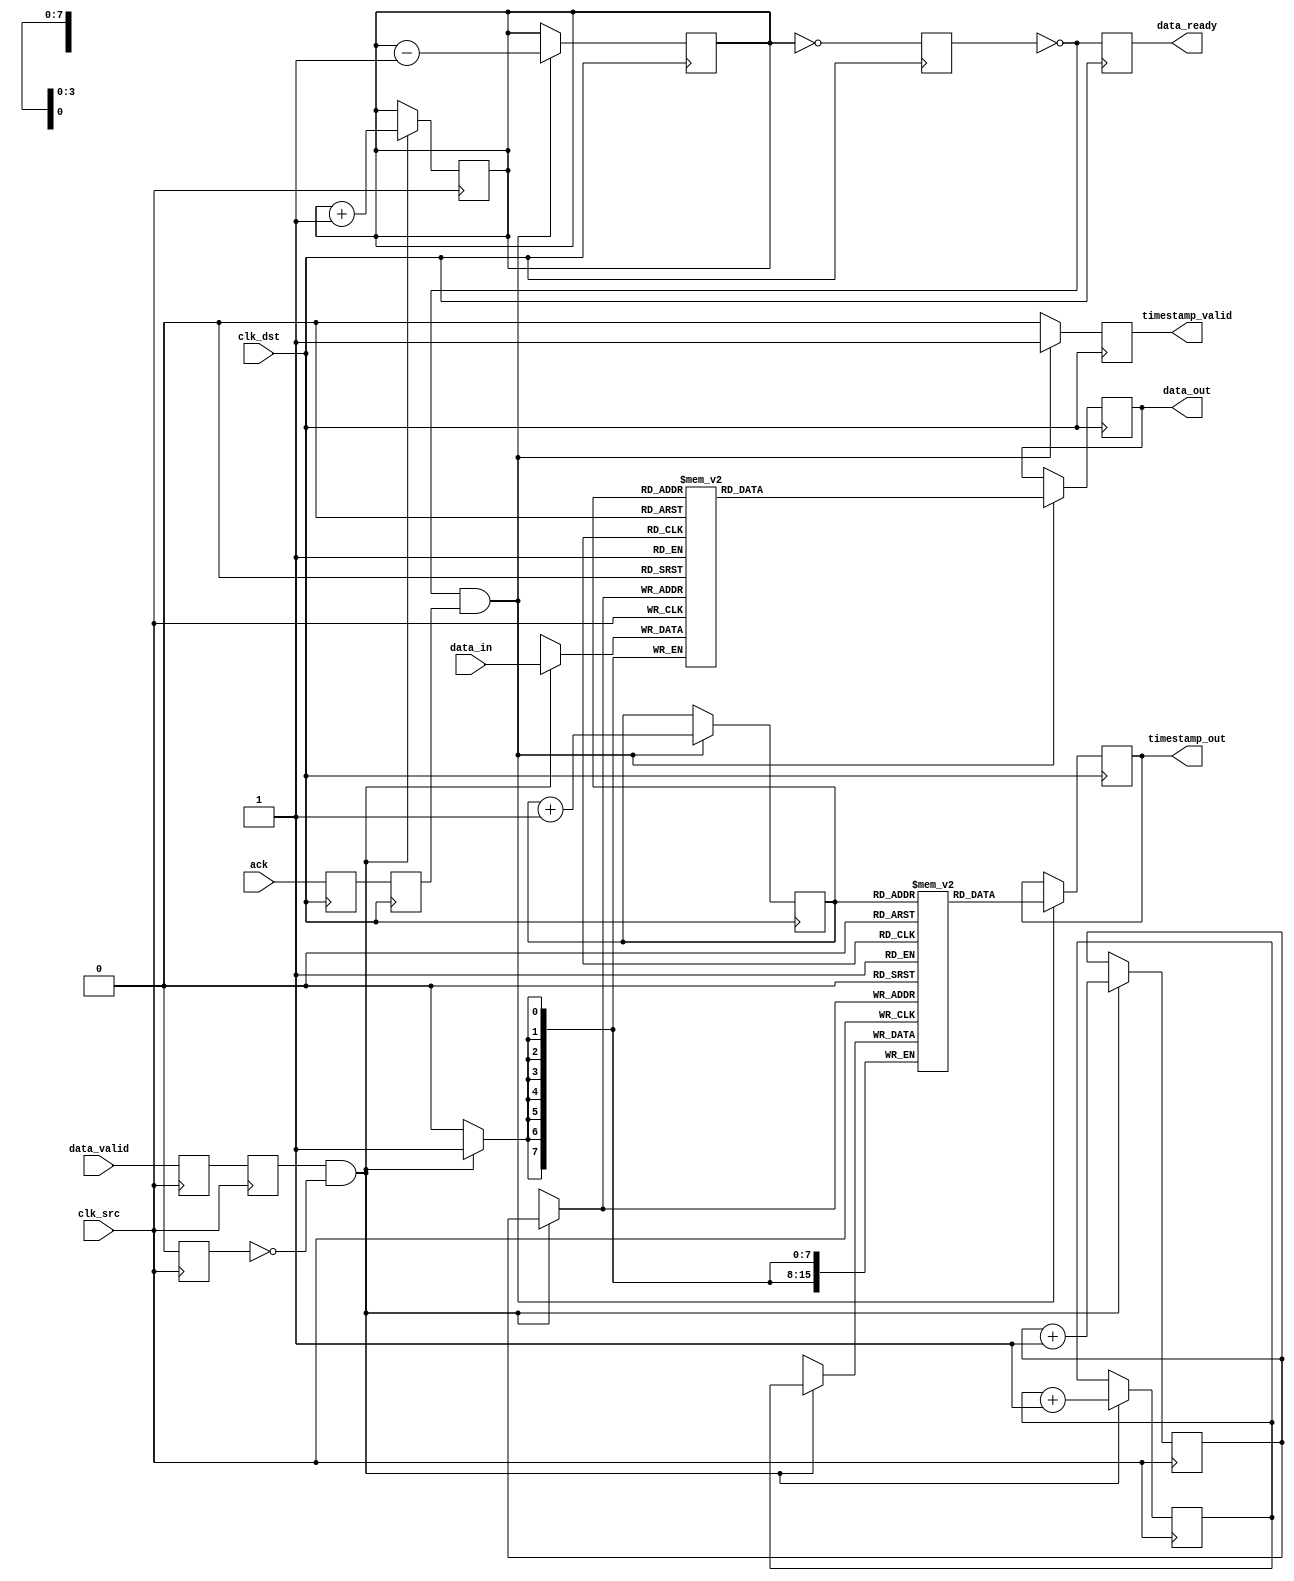
module TimeStampedSynchronizer #(
    parameter DATA_WIDTH = 8,
    parameter TIMESTAMP_WIDTH = 16,
    parameter FIFO_DEPTH = 16
)(
    input wire clk_src,
    input wire clk_dst,
    input wire [DATA_WIDTH-1:0] data_in,
    input wire data_valid,
    output reg data_ready,
    output reg [DATA_WIDTH-1:0] data_out,
    output reg [TIMESTAMP_WIDTH-1:0] timestamp_out,
    output reg timestamp_valid,
    input wire ack
);

// FIFO buffer
reg [DATA_WIDTH-1:0] fifo_data[FIFO_DEPTH-1:0];
reg [TIMESTAMP_WIDTH-1:0] fifo_timestamp[FIFO_DEPTH-1:0];
reg [3:0] fifo_write_ptr;
reg [3:0] fifo_read_ptr;
reg [3:0] fifo_count;

// Handshaking signals
reg fifo_full;
reg fifo_empty;

// Timestamp counter
reg [TIMESTAMP_WIDTH-1:0] timestamp_counter;

// Meta-stability handling for control signals
reg data_valid_sync1, data_valid_sync2;
reg ack_sync1, ack_sync2;

// FIFO management
always @(posedge clk_src) begin
    // Synchronize data_valid signal
    data_valid_sync1 <= data_valid;
    data_valid_sync2 <= data_valid_sync1;

    // Generate timestamp and store data in FIFO
    if (data_valid_sync2 && !fifo_full) begin
        fifo_data[fifo_write_ptr] <= data_in;
        fifo_timestamp[fifo_write_ptr] <= timestamp_counter;
        fifo_write_ptr <= fifo_write_ptr + 1;
        fifo_count <= fifo_count + 1;
        timestamp_counter <= timestamp_counter + 1;
    end
end

always @(posedge clk_dst) begin
    // Synchronize ack signal
    ack_sync1 <= ack;
    ack_sync2 <= ack_sync1;

    // Read data from FIFO when destination is ready
    if (!fifo_empty && ack_sync2) begin
        data_out <= fifo_data[fifo_read_ptr];
        timestamp_out <= fifo_timestamp[fifo_read_ptr];
        timestamp_valid <= 1'b1;
        fifo_read_ptr <= fifo_read_ptr + 1;
        fifo_count <= fifo_count - 1;
    end else begin
        timestamp_valid <= 1'b0;
    end
end

// FIFO status management
always @(posedge clk_src) begin
    fifo_full <= (fifo_count == FIFO_DEPTH);
end

always @(posedge clk_dst) begin
    fifo_empty <= (fifo_count == 0);
end

// Data ready signal
always @(posedge clk_dst) begin
    data_ready <= !fifo_empty;
end

// Reset logic (optional)
initial begin
    fifo_write_ptr = 0;
    fifo_read_ptr = 0;
    fifo_count = 0;
    timestamp_counter = 0;
    data_ready = 0;
    timestamp_valid = 0;
end

endmodule